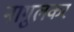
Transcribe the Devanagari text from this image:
नागुलकर